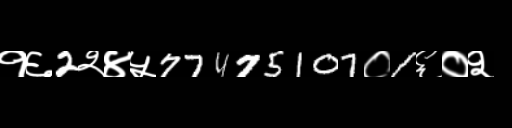
Text: १६2२४५77475107०1६०२